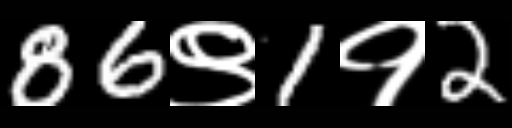
Text: 86९1१2